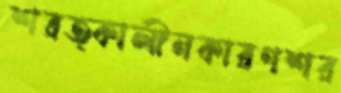
শরত্কালীনকারণশর